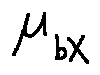
\mu _ { b X }